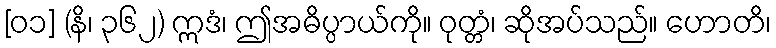
[၀၁] (နိ၊ ၃၆၂) ဣဒံ၊ ဤအဓိပ္ပာယ်ကို။ ဝုတ္တံ၊ ဆိုအပ်သည်။ ဟောတိ၊